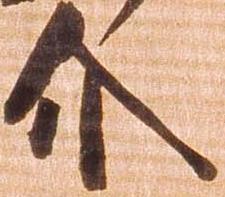
介